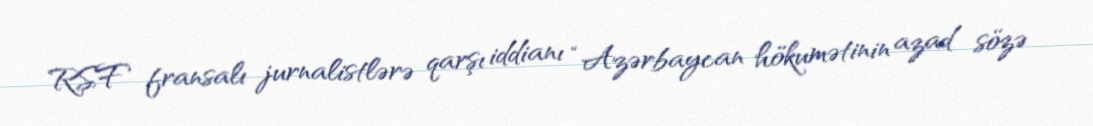
RSF fransalı jurnalistlərə qarşı iddianı “Azərbaycan hökumətinin azad sözə